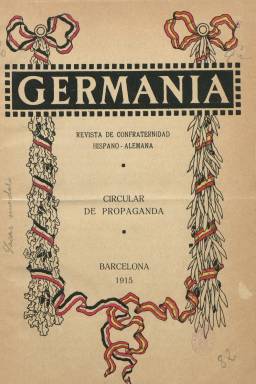
Título: Germania (Barcelona)
Colección: Cultura
Ámbito geográfico: Barcelona
Lugar de publicación: Barcelona
Fechas: 01/03/1915-15/12/1915

Una de las más destacadas publicaciones germanófilas difundidas en España durante la primera guerra mundial (1914-1918), que con el subtítulo “revista de confraternidad hispano-alemana” estuvo editándose en Barcelona desde uno de marzo de 1915 al 15 de noviembre de 1918, dirigida por el escritor y periodista Lluís Almerich i Sellarès (1882-1952), quien como autor de textos infantiles usará el seudónimo Clovis Eymeric, y también Macià Floris. La periodicidad de la revista fue quincenal, apareciendo los días uno y quince de cada mes. Su colección en la Biblioteca Nacional de España (BNE) la forman las veinte entregas editadas en 1915, de 24 páginas de texto cada una, estampadas en papel cuché y compuestas a una columna en la Imprenta Elzeviriana, dotada la primera de una cubierta ilustrada a varias tintas, que además lleva la indicación “circular de propaganda”.

Fue patrocinada por el Servicio Alemán de Información (Deutscher Nachtrichtenden für Spanien), establecido en Barcelona en agosto de 1914 por August Hofer, que también financió otras publicaciones, como los también diarios barceloneses El Día gráfico (1913-1939) y La Correspondencia alemana (¿1916?) y los semanarios ilustrados Neutralidad (1914) y El Heraldo germánico (1915), y, a partir de enero de 1916, comenzó a publicar la revista mensual Deutsche Zeitung Spanien, siendo el neutralismo una de las bazas más destacadas de la propaganda alemana en España durante el conflicto, a la que se sumarían políticos e intelectuales, como Jacinto Benavente (1866-1954), Miguel Fernández Peñaflor (1877-1935) o Francisco Rodríguez Marín (1855-1943), entre otros, y que tuvo como uno de sus principales valedores al filósofo y escritor carlista de la Restauración Juan Vázquez de Mella (1861-1928).

En su primer editorial, la revista criticará la democracia, en concreto lo que califica de “dictadura espiritual francesa… en el orden político y en el orden literario”, al tiempo que la relaciona con la “decadencia” del “latinismo”, al que había que integrarle “savia nueva”, que no era otra que “la juventud mental de Alemania” y su pujanza científica, que debía ser “nuestra guía y nuestro modelo”. Editorial que será escrito por Almerich, quien también seguirá publicando el primero de los artículos de cada una de las entregas de la revista.

Esta publicación será también núcleo de algunos discípulos del escritor y político nacionalista catalán Enric Prat de la Riva (1870-1917), como Josep Maria Rosell, Pere Bosch i Gimpera, Manuel de Montoliu, Pau Furriol, Miquel Vidal Guardiola, Jordi Rubió Balaguer, Pere Barnils y Faustino Ballvé, que constituirán a finales de 1916 el Comité de Amigos de Germania (Comitè d’Amics de Germania), liderando también el último citado y uno de los colaboradores más activos de la revista la Federación Neutralista Catalana.

La revista –que indica que es una “publicación destinada a avivar los lazos de amistad entre España y Alemania” – publicará artículos relativos a la divulgación de los logros espirituales, intelectuales, filosóficos, científicos y comerciales de Alemania, a la que consideraban la “reencarnación de Roma”, al papel de esta nación en la guerra europea, el militarismo, el neutralismo, así como información relativa al conflicto armado, para difundir la versión oficial alemana e influir en la neutralidad ante la opinión pública española y latinoamericana, insertando también alguna bibliografía. Algunos textos serán en verso, como el poema dedicado al Káiser, por Fabriciano González.

Eugenio D’Ors, que había puesto reparos a su colaboración, autorizará a su director reproducir un artículo bajo el epígrafe Alemania juzgada por españoles. Otros colaboradores serán M. García y Panadés, Luis Viola y Vergés, Federico Hernández y Alejandro, Delfín Álvarez y González, Ángel Ruiz y Pablo o Salvador Ugía y Sánchez. Y entre las firmas alemanas aparecen las de B.F. Hermann, Enrique Schrörs, Guillermo Wundt, Rafael Rasoldel, Otto Hintze, Paul Rohrbach, Alberto Gentilis o Max Meinertz, entre otros.

Así mismo, la revista dejará unas páginas para inserciones publicitarias, en donde se publicarán anuncios de comerciantes e industriales germanos. Anuncia que hará tiradas de diez mil ejemplares –señala que tiró dos ediciones de 5.000 ejemplares de su primer número–, aunque debieron serlo de unos 3.000 (Aubert: 1995), y que se difundirá entre un público “lo más selecto y escogido de la alta sociedad española y alemana”, de Portugal y América.

En el mismo mes de marzo de 1915 en el que sale, la revista adquirirá también la propiedad del popular semanario satírico barcelonés Pum, destinado al comentario humorístico de la guerra, que se difundirá como suplemento de Germania, y que también forma parte de la colección de la BNE.

Referencias bibliográficas para este título y la germanofilia del periodo en España y Cataluña en M. Paul Aubert (1995), Maximiliano Fuentes Codera (2013 y 2014) y Gregorio Alonso (2017).